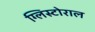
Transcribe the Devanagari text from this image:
ग्लिस्टोराल